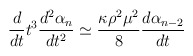
\begin{align*}\frac{d}{dt}t^3\frac{d^2\alpha_n}{dt^2}\simeq\frac{\kappa \rho ^2\mu ^2}{8}\frac{d\alpha_{n-2}}{dt}\end{align*}